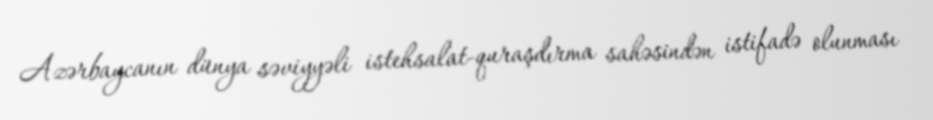
Azərbaycanın dünya səviyyəli istehsalat-quraşdırma sahəsindən istifadə olunması